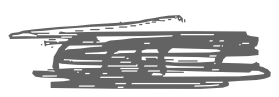
Text: care
Cross-out: scratch
Writing tool: digital_gray